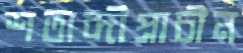
শতাব্দীপ্রাচীন